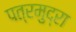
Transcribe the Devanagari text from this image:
पत्रमुद्रा